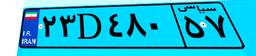
۸۸D۵۷۶۰۵